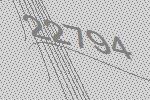
22794